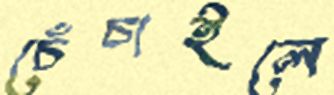
চেঁচাইলে